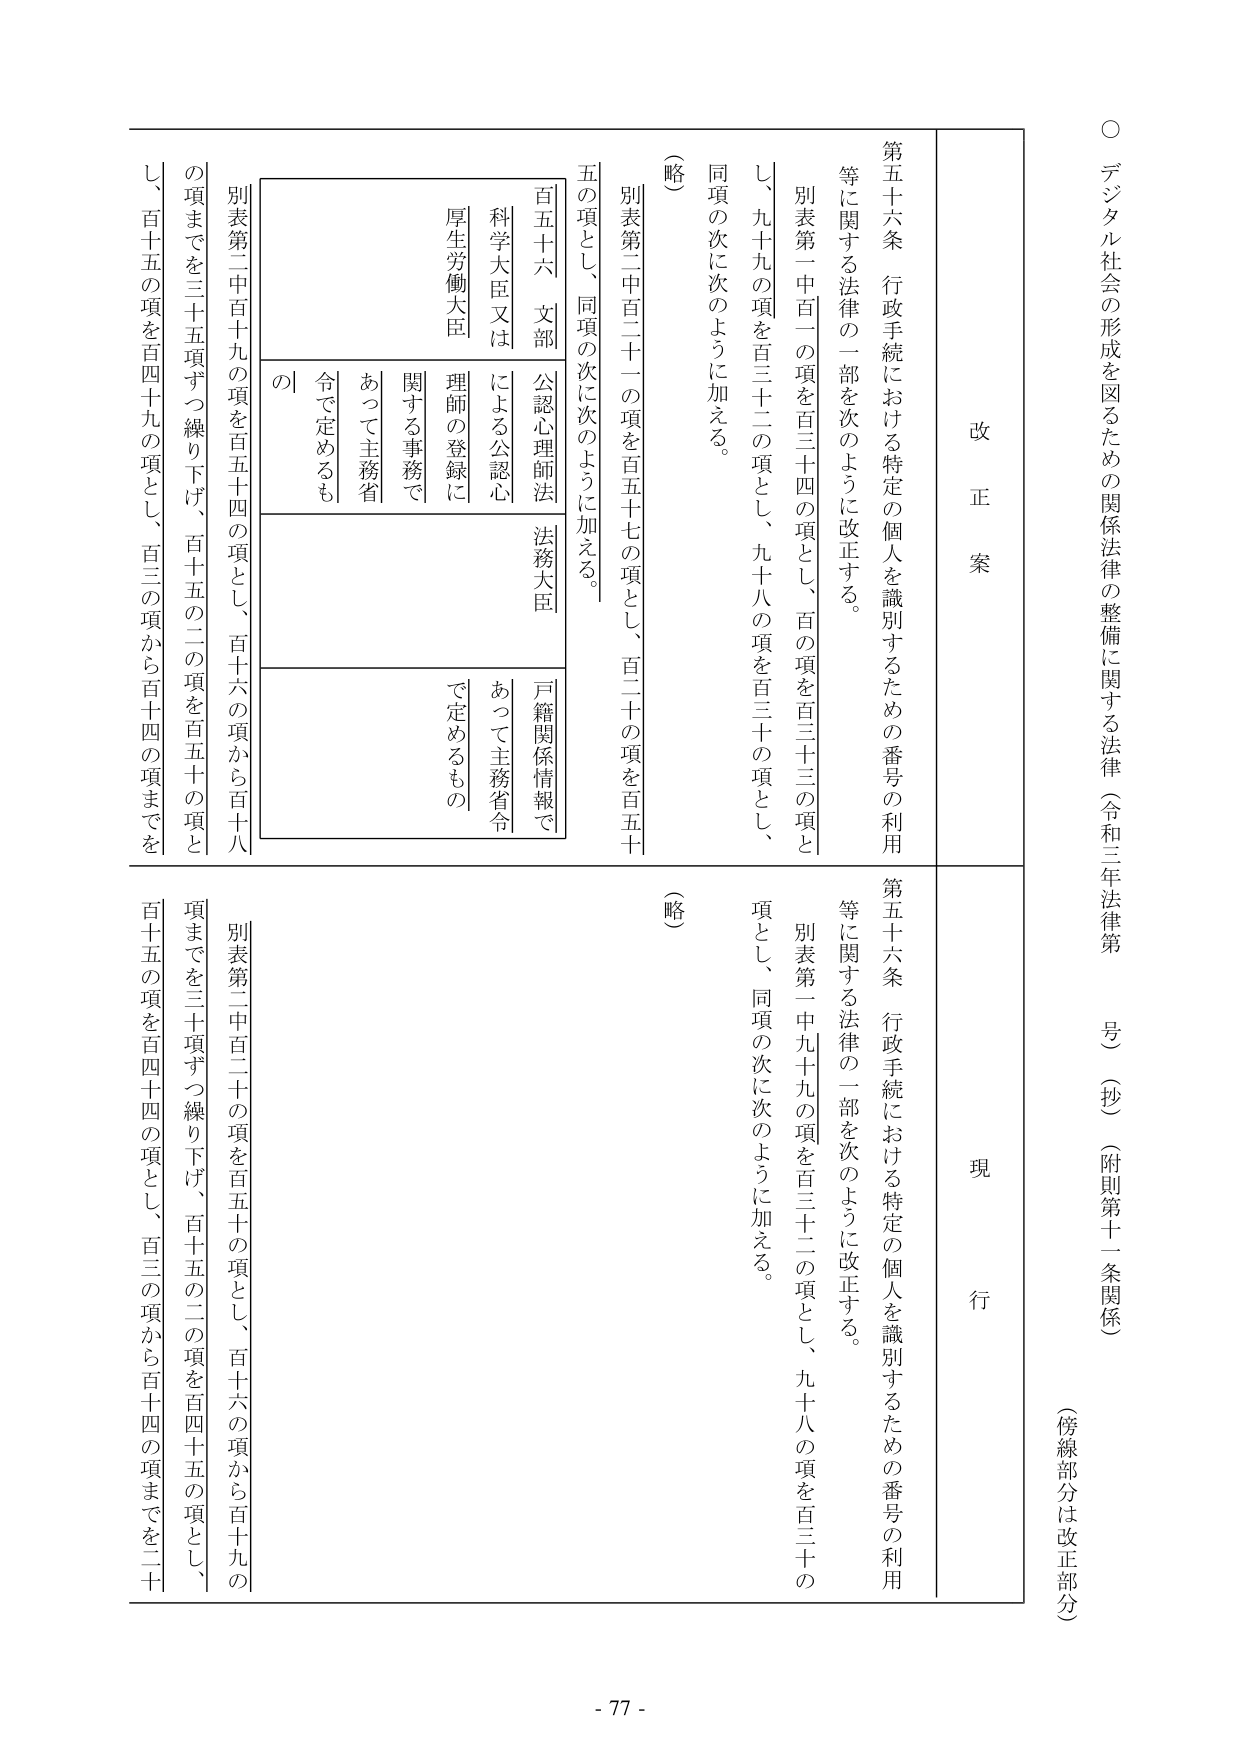
○ デジタル社会の形成を図るための関係法律の整備に関する法律（令和三年法律第　号）（抄）（附則第十一条関係）
（傍線部分は改正部分）

改正案
第五十六条 行政手続における特定の個人を識別するための番号の利用等に関する法律の一部を次のように改正する。
　別表第一中百一の項を百三十四の項とし、百の項を百三十三の項とし、九十九の項を百三十二の項とし、九十八の項を百三十の項とし、同項の次に次のように加える。
　（略）
　別表第二中百二十一の項を百五十七の項とし、百二十の項を百五十の項とし、同項の次に次のように加える。
　百五十六 文部科学大臣又は厚生労働大臣
　　公認心理師法による公認心理師の登録に関する事務であって主務省令で定めるもの
　　法務大臣
　　戸籍関係情報であって主務省令で定めるもの

現行
第五十六条 行政手続における特定の個人を識別するための番号の利用等に関する法律の一部を次のように改正する。
　別表第一中九十九の項を百三十二の項とし、九十八の項を百三十の項とし、同項の次に次のように加える。
　（略）
　別表第二中百二十の項を百五十の項とし、百十六の項から百十九の項までを三十項ずつ繰り下げ、百十五の二の項を百四十五の項とし、百十五の項を百四十四の項とし、百三の項から百十四の項までを二十の項までを三十五項ずつ繰り下げ、百十五の二の項を百五十の項とし、百十五の項を百四十九の項とし、百三の項から百十四の項までを

- 77 -